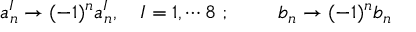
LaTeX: a _ { n } ^ { I } \rightarrow ( - 1 ) ^ { n } a _ { n } ^ { I } , ~ ~ ~ I = 1 , \cdots 8 ~ ; ~ ~ ~ ~ ~ ~ ~ b _ { n } \rightarrow ( - 1 ) ^ { n } b _ { n }